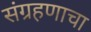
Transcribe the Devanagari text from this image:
संग्रहणाचा